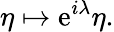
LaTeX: \displaystyle\eta\mapsto\mathrm{e}^{i\lambda}\eta.